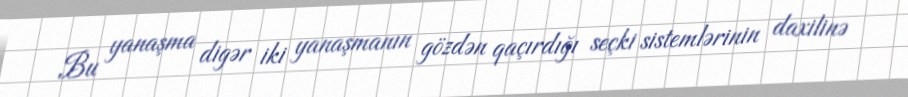
Bu yanaşma digər iki yanaşmanın gözdən qaçırdığı seçki sistemlərinin daxilinə